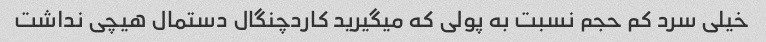
خیلی سرد کم حجم نسبت به پولی که میگیرید کاردچنگال دستمال هیچی نداشت